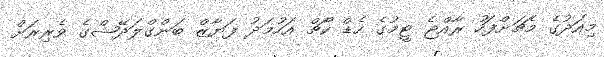
މިއަދުގެ މެޗަށްފަހު ރާއްޖެ ޓީމުގެ ހެޑް ކޯޗް އަހުމަދު ފަޔާޒް ބަންގްލަދޭޝްގެ ވެރިރަށް